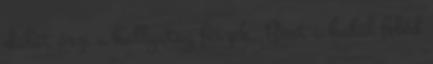
dalát őrzi a hallgatag fészek, Bent a halál feléd